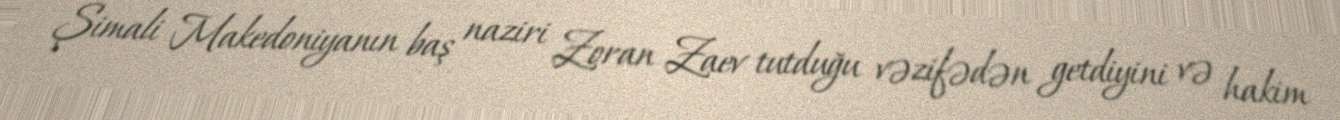
Şimali Makedoniyanın baş naziri Zoran Zaev tutduğu vəzifədən getdiyini və hakim